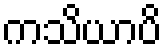
ကသိယာပိ